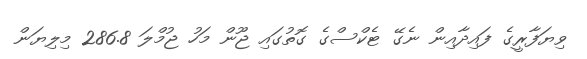
ވިޔަފާރީގެ ފައިދާއިން ނެގޭ ޓެކްސްގެ ގޮތުގައި ޖޫން މަހު ޖުމްލަ 286.8 މިލިޔަން